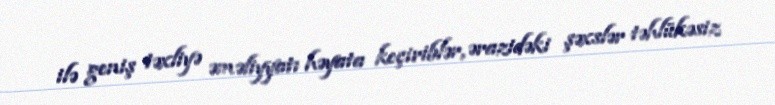
ilə geniş təxliyə əməliyyatı həyata keçiriblər, ərazidəki şəxslər təhlükəsiz